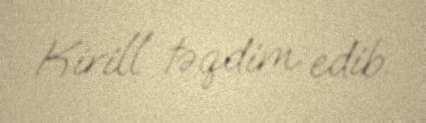
Kirill təqdim edib.